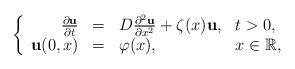
LaTeX: \begin{align*}\left\{\begin{array}{rcll}\frac{\partial {\bf u}}{\partial t}&=& D\frac{\partial^2 {\bf u}}{\partial x^2}+\zeta(x) {\bf u}, & t>0,\\{\bf u}(0,x)& =& \varphi(x), & x\in \mathbb{R},\end{array}\right.\end{align*}